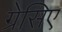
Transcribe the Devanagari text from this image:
ग्रेसिए